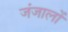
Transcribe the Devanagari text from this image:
जंजालों